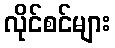
လိုင်စင်များ